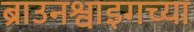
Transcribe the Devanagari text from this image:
ब्राउनश्वाइगच्या